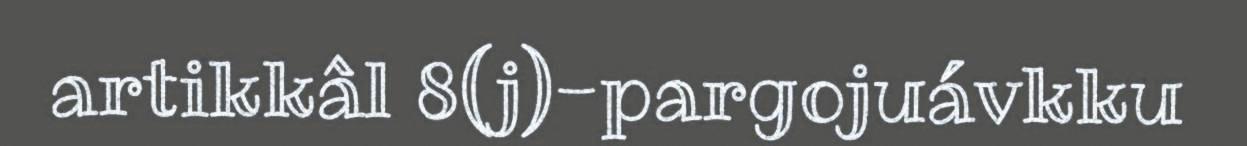
artikkâl 8(j)-pargojuávkku